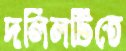
দলিলটিতে